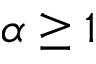
\alpha \geq 1